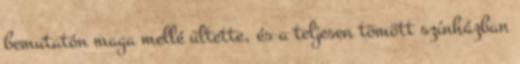
bemutatón maga mellé ültette, és a teljesen tömött színházban